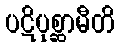
ပဋိပုစ္ဆာမီတိ